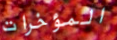
المؤخرات